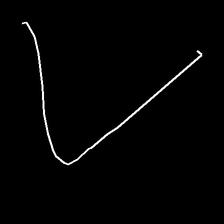
Glyph: region